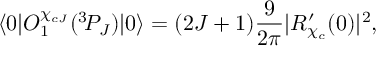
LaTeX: \langle 0 | { \cal O } _ { 1 } ^ { \chi _ { c J } } ( { } ^ { 3 } \! P _ { J } ) | 0 \rangle = ( 2 J + 1 ) \frac { 9 } { 2 \pi } | R _ { \chi _ { c } } ^ { \prime } ( 0 ) | ^ { 2 } ,